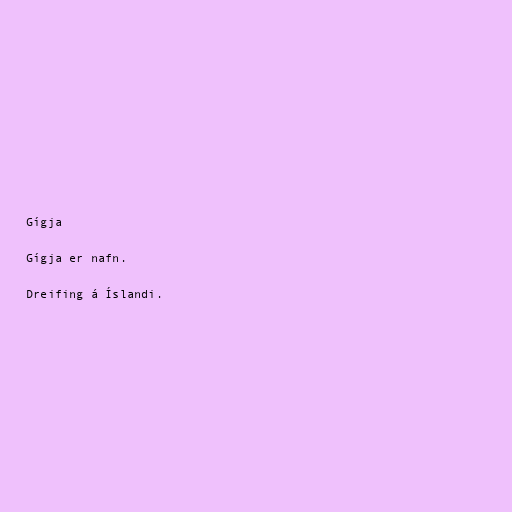
Gígja

Gígja er nafn.

Dreifing á Íslandi.